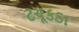
ટચૂકડા